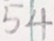
5 4